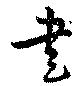
書